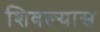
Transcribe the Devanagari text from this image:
शिवल्यास